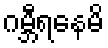
ဂမ္ဘီရနေမိ